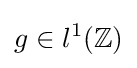
g\in l^{1}(\mathbb {Z} )